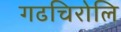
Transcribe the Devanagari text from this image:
गढचिरोलि